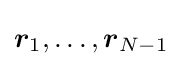
{\boldsymbol {r}}_{1},\dots ,{\boldsymbol {r}}_{N-1}